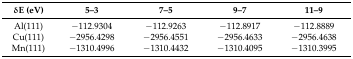
| δE (eV) | 5–3 | 7–5 | 9–7 | 11–9 |
 | --- | --- | --- | --- | --- |
 | Al(111) | −112.9304 | −112.9263 | −112.8917 | −112.8889 |
 | Cu(111) | −2956.4298 | −2956.4551 | −2956.4633 | −2956.4638 |
 | Mn(111) | −1310.4996 | −1310.4432 | −1310.4095 | −1310.3995 |